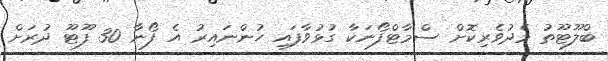
ބްލޫޓޫތު މެދުވެރިކޮށް ސްމާޓްފޯނަކާ ގުޅުވާފައި ހުންނައިރު އެ ފޯނާ 30 ފޫޓޫ ދުރަށް